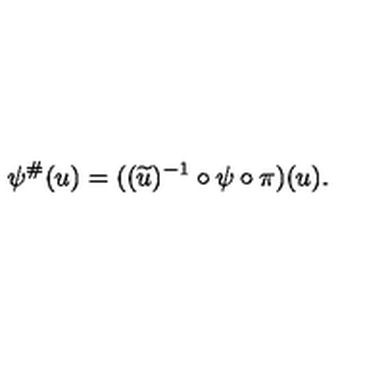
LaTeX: \psi ^ { \# } ( u ) = ( ( \widetilde { u } ) ^ { - 1 } \circ \psi \circ \pi ) ( u ) .